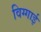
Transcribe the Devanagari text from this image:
विग्गाई